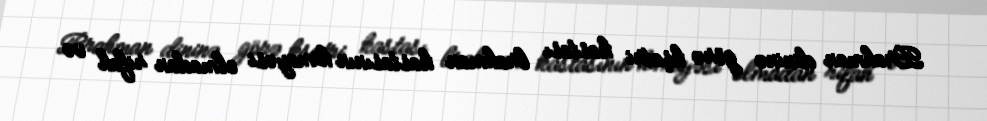
Brahman dininə görə kşatri kastası brahman kastasının himayəsi olmadan rifah və